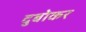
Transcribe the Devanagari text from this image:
दुबोकर